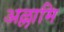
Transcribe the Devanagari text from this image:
अल्लामि